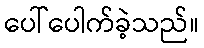
ပေါ်ပေါက်ခဲ့သည်။